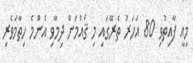
މިއީ ފާއިތުވި 80 އަހަރު ތެރޭގައި މި ޤައުމަށް ދިމާވި އެންމެ ހިތާމަވެރި